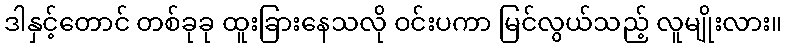
ဒါနှင့်တောင် တစ်ခုခု ထူးခြားနေသလို ဝင်းပကာ မြင်လွယ်သည့် လူမျိုးလား။